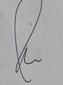
Signature authenticity: genuine